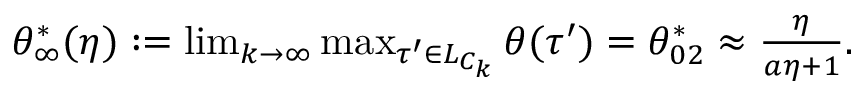
\begin{array} { r } { { \theta } _ { \infty } ^ { * } ( \eta ) : = \operatorname* { l i m } _ { k \to \infty } \operatorname* { m a x } _ { \tau ^ { \prime } \in L _ { C _ { k } } } \theta ( \tau ^ { \prime } ) = \theta _ { 0 2 } ^ { * } \approx \frac { \eta } { a \eta + 1 } . } \end{array}